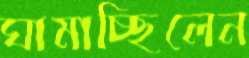
ঘামাচ্ছিলেন